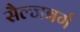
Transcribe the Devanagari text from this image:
सैल्जबर्ग